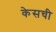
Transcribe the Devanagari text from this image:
केसची